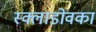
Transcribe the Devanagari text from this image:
स्क्लाडोवका